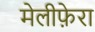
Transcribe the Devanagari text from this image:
मेलीफ़ेरा